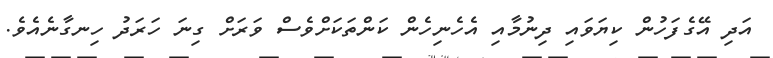
އަދި އޭގެފަހުން ކިޔަވައި ދިނުމާއި އެހެނިހެން ކަންތަކަށްވެސް ވަރަށް ގިނަ ހަރަދު ހިނގާނެއެވެ.